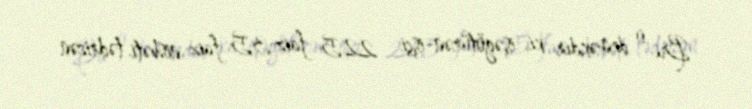
Bu o deməkdir ki, işəgötürən-işçi - 22,5 faiz:3,5 faiz nisbəti tədricən